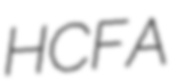
HCFA